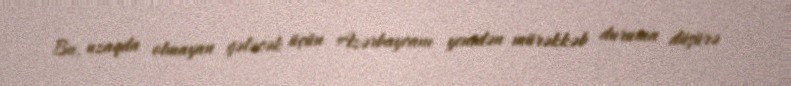
Bu, uzaqda olmayan gələcək üçün Azərbaycanı yenidən mürəkkəb duruma düşürə